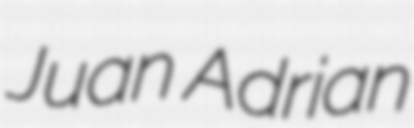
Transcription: Juan Adrian